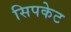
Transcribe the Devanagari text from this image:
सिपकेट